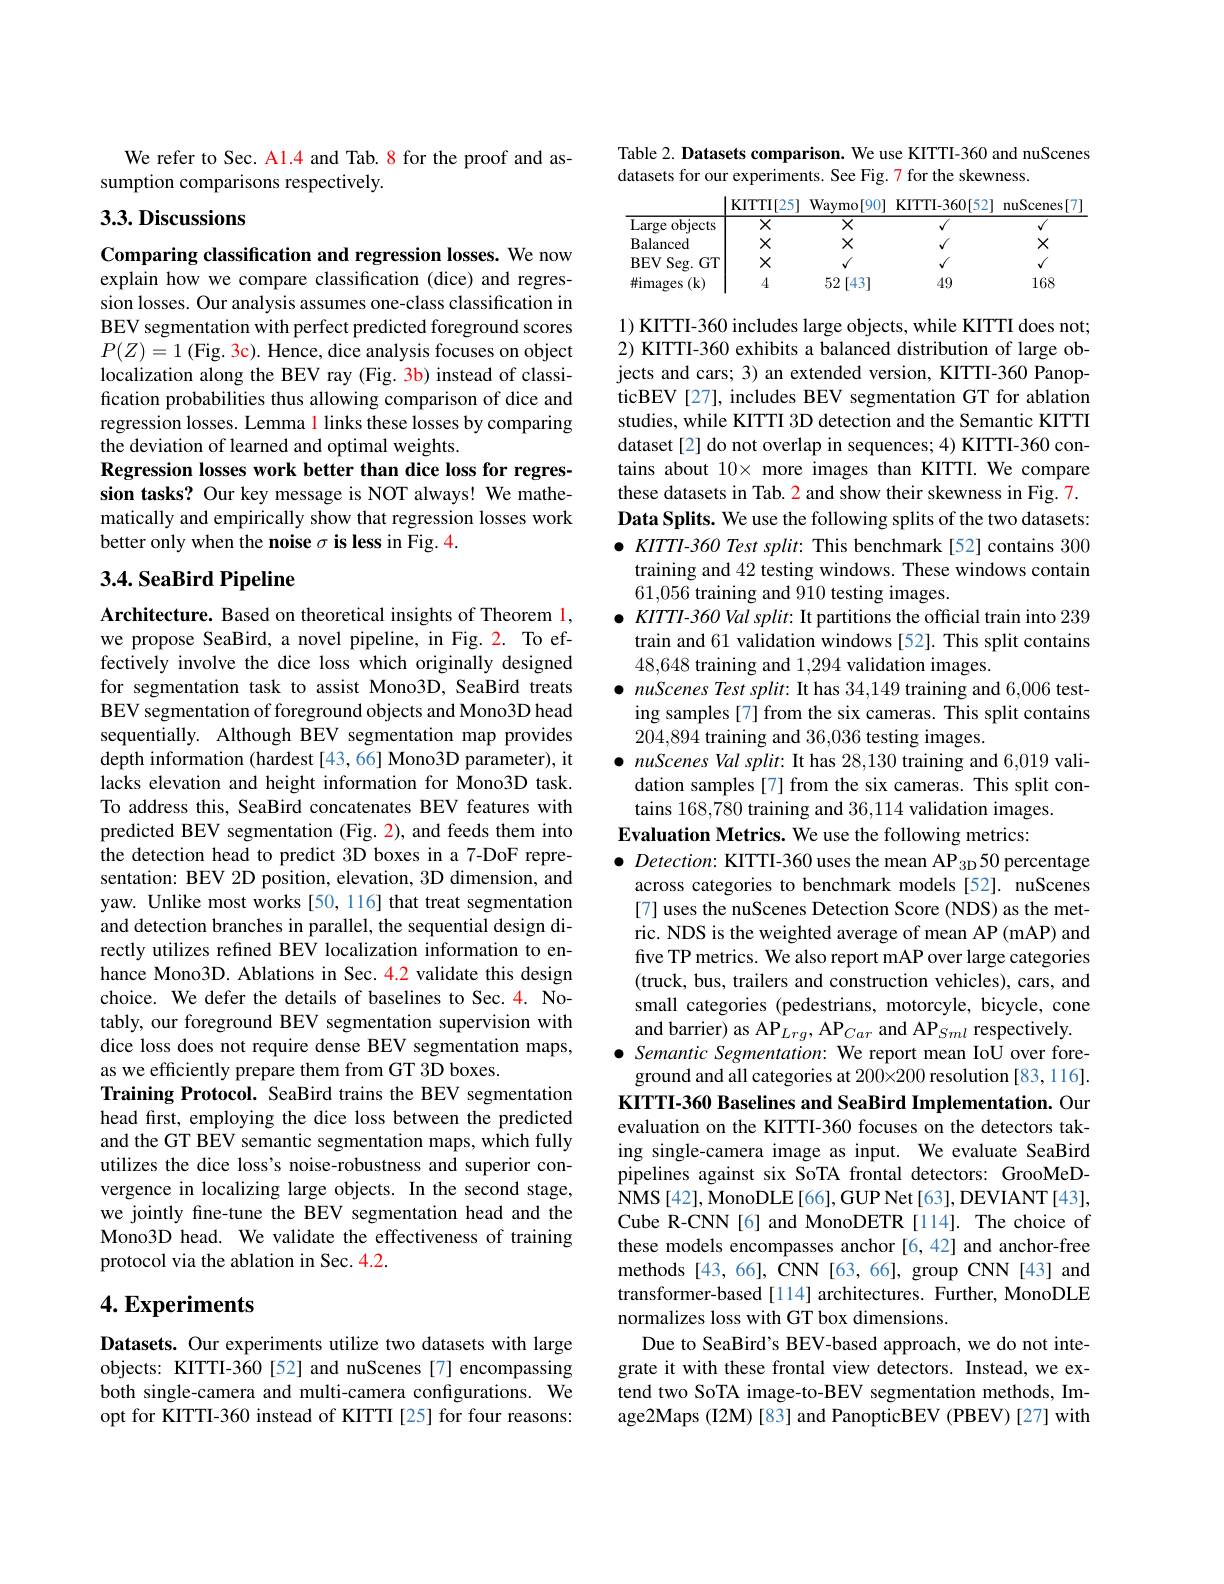
We refer to Sec. Al.4 and Tab. 8 for the proof and as-
sumption comparisons respectively.

## 3.3. Discussions

Comparing classification and regression losses. We now explain how we compare classification (dice) and regression losses. Our analysis assumes one-class classification in BEV segmentation with perfect predicted foreground scores $P(Z)=1$ (Fig. 3c). Hence, dice analysis focuses on object localization along the BEV ray (Fig. 3b) instead of classification probabilities thus allowing comparison of dice and regression losses. Lemma l links these losses by comparing the deviation of learned and optimal weights.
Regression losses work better than dice loss for regression tasks? Our key message is NOT always! We mathematically and empirically show that regression losses work better only when the noise $\sigma \textbf{is less in Fig. 4. }$

### 3.4. SeaBird Pipeline

Architecture. Based on theoretical insights of Theorem 1, we propose SeaBird, a novel pipeline, in Fig. 2. To effectively involve the dice loss which originally designed for segmentation task to assist Mono3D, SeaBird treats BEV segmentation of foreground objects and Mono3D head sequentially. Although BEV segmentation map provides depth information (hardest[43,66] Mono3D parameter), it lacks elevation and height information for Mono3D task. To address this, SeaBird concatenates BEV features with predicted BEV segmentation (Fig. 2), and feeds them into the detection head to predict 3D boxes in a 7-DoF representation: BEV 2D position, elevation, 3D dimension, and yaw. Unlike most works [50, 116] that treat segmentation and detection branches in parallel, the sequential design directly utilizes refined BEV localization information to enhance Mono3D. Ablations in Sec. 4.2 validate this design choice. We defer the details of baselines to Sec.4. Notably, our foreground BEV segmentation supervision with dice loss does not require dense BEV segmentation maps, as we efficiently prepare them from GT 3D boxes.
Training Protocol. SeaBird trains the BEV segmentation head first, employing the dice loss between the predicted and the GT BEV semantic segmentation maps, which fully utilizes the dice loss's noise-robustness and superior convergence in localizing large objects. In the second stage, we jointly fine-tune the BEV segmentation head and the Mono3D head. We validate the effectiveness of training protocol via the ablation in Sec. 4.2.

# 4. Experiments

Datasets. Our experiments utilize two datasets with large objects: KITTI-360[52] and nuScenes [7] encompassing both single-camera and multi-camera configurations. We opt for KITTI-360 instead of KITTI[25] for four reasons:

Table 2. Datasets comparison. We use KITTI-360 and nuScenes
datasets for our experiments. See Fig. 7 for the skewness.

<table>
	<tbody>
		<tr>
			<td>Large objects</td>
			<td>$\overline{X}$</td>
			<td>$X$</td>
			<td>$√$</td>
			<td>$√$</td>
		</tr>
		<tr>
			<td>Balanced</td>
			<td>$X$</td>
			<td>$X$</td>
			<td>$√$</td>
			<td>$X$</td>
		</tr>
		<tr>
			<td>$BEV$ $Seg.$ $.GT$ </td>
			<td>$X$</td>
			<td></td>
			<td>$√$</td>
			<td>$√$</td>
		</tr>
		<tr>
			<td>$\#images$ $(\mathbf{k})$</td>
			<td>4</td>
			<td>52 [43]</td>
			<td>49</td>
			<td>168</td>
		</tr>
	</tbody>
</table>

1) KITTI-360 includes large objects, while KITTI does not; 2) KITTI-360 exhibits a balanced distribution of large objects and cars; 3) an extended version, KITTI-360 PanopticBEV[27], includes BEV segmentation GT for ablation studies, while KITTI 3D detection and the Semantic KITTI dataset[2] do not overlap in sequences; 4) KITTI-360 contains about $10\times$ more images than KITTI. We compare these datasets in Tab. 2 and show their skewness in Fig. 7. Data Splits. We use the following splits of the two datasets: $\bullet$ KITTI-360 Test split: This benchmark [52] contains 300
training and 42 testing windows. These windows contain
61,056 training and 910 testing images.
$\bullet$ KITTI-360 Val split: It partitions the official train into 239
train and 61 validation windows [52]. This split contains
48,648 training and 1,294 validation images.
$\bullet$ nuScenes Test split: It has 34,149 training and 6,006 test-
ing samples [7] from the six cameras. This split contains
204,894 training and 36,036 testing images.
$\bullet$ nuScenes Val split: It has 28,130 training and 6,019 validation samples[7] from the six cameras. This split contains 168,780 training and 36,114 validation images.
Evaluation Metrics. We use the following metrics:
$\bullet$ Detection: KITTI-360 uses the mean AP $_\text{3D}50$ percentage
across categories to benchmark models [52]. nuScenes [7] uses the nuScenes Detection Score (NDS) as the metric. NDS is the weighted average of mean AP (mAP) and five TP metrics. We also report mAP over large categories (truck, bus, trailers and construction vehicles), cars, and small categories (pedestrians, motorcyle, bicycle, cone and barrier) as AP$_Lrg$, AP$_Car$ and AP$_Sml$ respectively. $\bullet$ Semantic Segmentation: We report mean IoU over foreground and all categories at 200×200 resolution [83,116]. KITTI-360 Baselines and SeaBird Implementation. Our evaluation on the KITTI-360 focuses on the detectors taking single-camera image as input. We evaluate SeaBird pipelines against six SoTA frontal detectors: GrooMeDNMS[42], MonoDLE[66], GUP Net[63], DEVIANT[43], Cube R-CNN[6] and MonoDETR[114]. The choice of these models encompasses anchor [6,42] and anchor-free methods [43,66], CNN [63,66], group CNN [43] and transformer-based[114] architectures. Further, MonoDLE normalizes loss with GT box dimensions.
Due to SeaBird's BEV-based approach, we do not integrate it with these frontal view detectors. Instead, we extend two SoTA image-to-BEV segmentation methods, Image2Maps (I2M) [83] and PanopticBEV (PBEV) [27] with